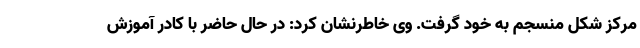
مرکز شکل منسجم به خود گرفت. وی خاطرنشان کرد: در حال حاضر با کادر آموزش